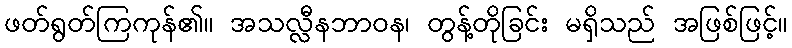
ဖတ်ရွတ်ကြကုန်၏။ အသလ္လီနဘာဝန၊ တွန့်တိုခြင်း မရှိသည် အဖြစ်ဖြင့်။